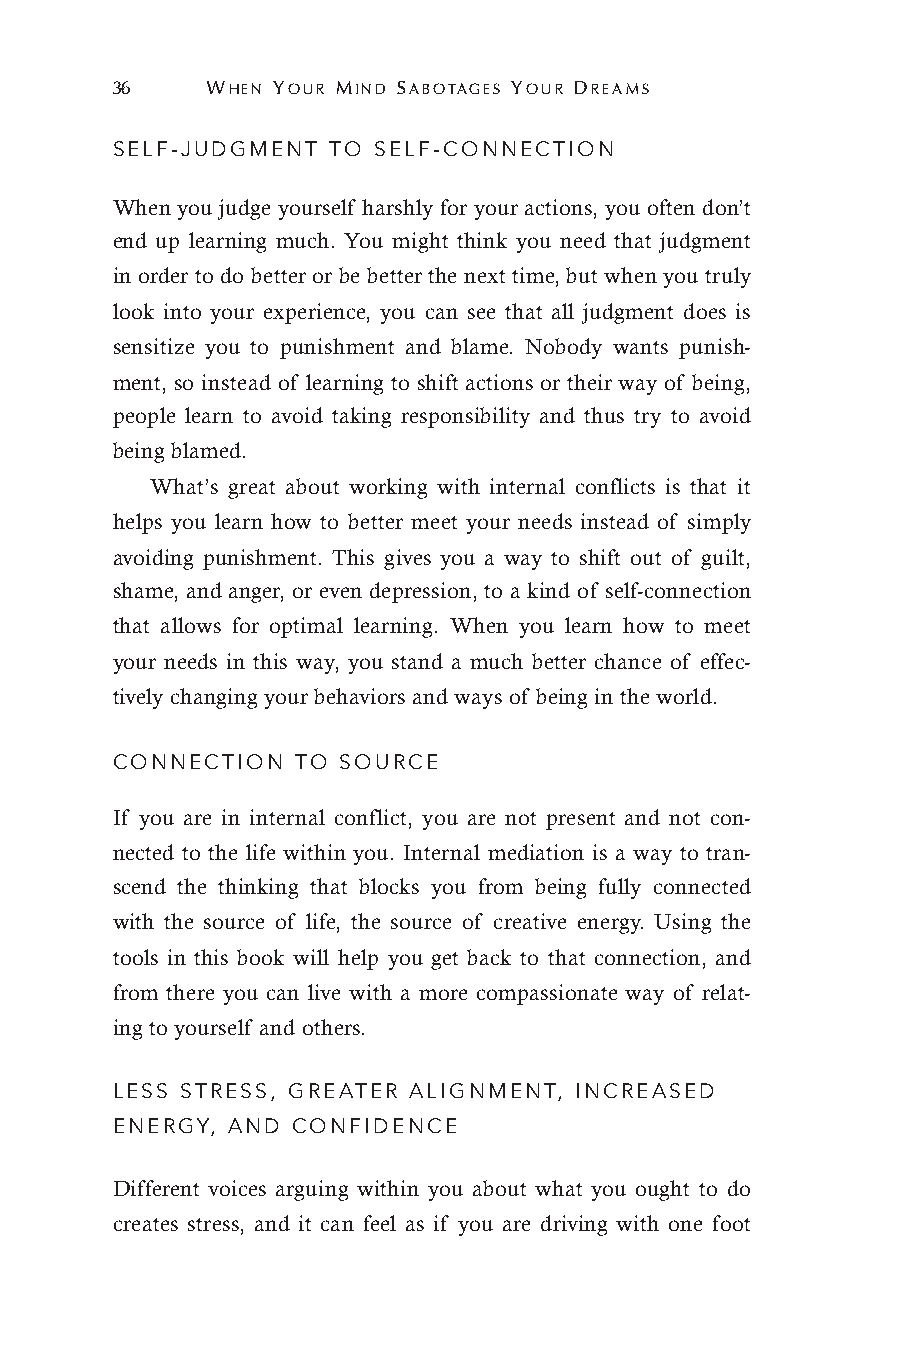
36     WHEN YOUR MIND SABOTAGES YOUR DREAMS
 SELF-JUDGMENT  TO SELF-CONNECTION
 When you judge yourself harshly for your actions, you often don’t
 end up learning much. You might think you need that judgment
 in order to do better or be better the next time, but when you truly
 look into your experience, you can see that all judgment does is
 sensitize you to punishment and blame. Nobody wants punish-
 ment, so instead of learning to shift actions or their way of being,
 people learn to avoid taking responsibility and thus try to avoid
 being blamed.
 What’s great about working with internal conflicts is that it
 helps you learn how to better meet your needs instead of simply
 avoiding punishment. This gives you a way to shift out of guilt,
 shame, and anger, or even depression, to a kind of self-connection
 that allows for optimal learning. When you learn how to meet
 your needs in this way, you stand a much better chance of effec-
 tively changing your behaviors and ways of being in the world.
 CONNECTION   TO SOURCE
 If you are in internal conflict, you are not present and not con-
 nected to the life within you. Internal mediation is a way to tran-
 scend the thinking that blocks you from being fully connected
 with the source of life, the source of creative energy. Using the
 tools in this book will help you get back to that connection, and
 from there you can live with a more compassionate way of relat-
 ing to yourself and others.
 LESS STRESS, GREATER ALIGNMENT, INCREASED
 ENERGY, AND CONFIDENCE
 Different voices arguing within you about what you ought to do
 creates stress, and it can feel as if you are driving with one foot